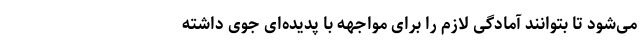
می‌شود تا بتوانند آمادگی لازم را برای مواجهه با پدیده‌ای جوی داشته